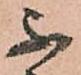
不